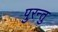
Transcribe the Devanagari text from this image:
पुरन्तु